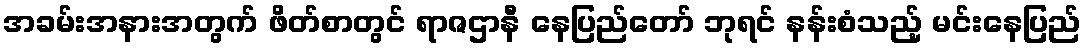
အခမ်းအနားအတွက် ဖိတ်စာတွင် ရာဇဌာနီ နေပြည်တော် ဘုရင် နန်းစံသည့် မင်းနေပြည်